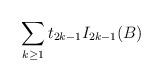
LaTeX: \begin{align*}{\sum\limits_{k \ge 1}t_{2k-1} I_{2k-1}(B)}\end{align*}